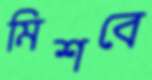
মিশবে